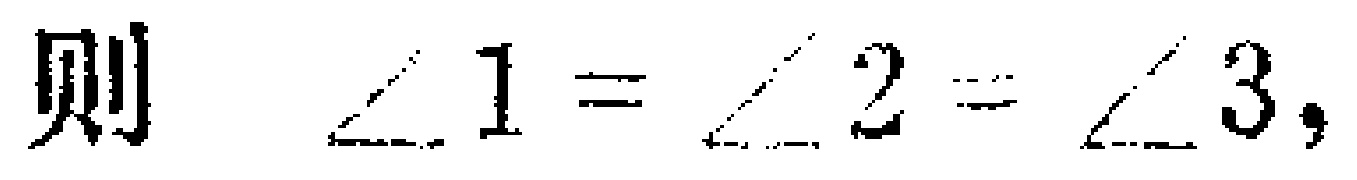
则 $\angle 1 = \angle 2 = \angle 3,$